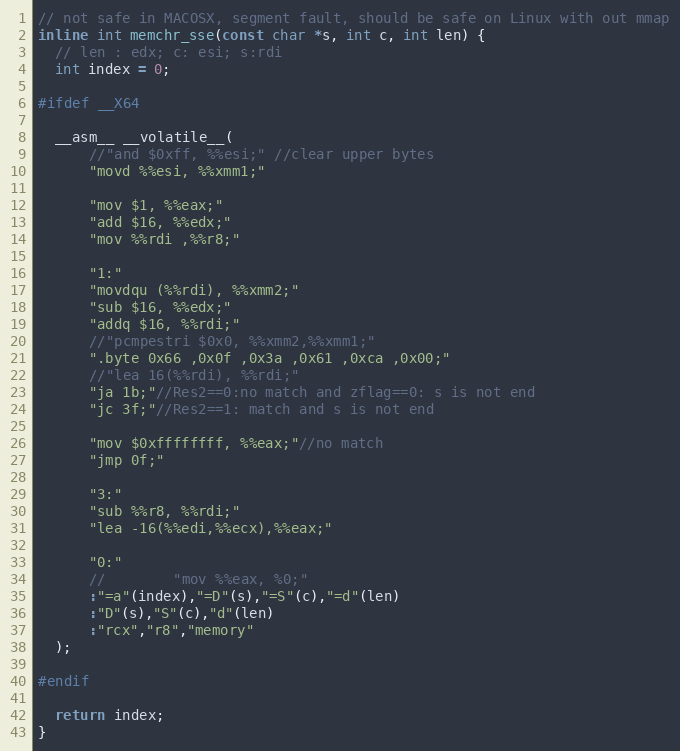
Language: C++
// not safe in MACOSX, segment fault, should be safe on Linux with out mmap
inline int memchr_sse(const char *s, int c, int len) {
  // len : edx; c: esi; s:rdi
  int index = 0;

#ifdef __X64

  __asm__ __volatile__(
      //"and $0xff, %%esi;" //clear upper bytes
      "movd %%esi, %%xmm1;"

      "mov $1, %%eax;"
      "add $16, %%edx;"
      "mov %%rdi ,%%r8;"

      "1:"
      "movdqu (%%rdi), %%xmm2;"
      "sub $16, %%edx;"
      "addq $16, %%rdi;"
      //"pcmpestri $0x0, %%xmm2,%%xmm1;"
      ".byte 0x66 ,0x0f ,0x3a ,0x61 ,0xca ,0x00;"
      //"lea 16(%%rdi), %%rdi;"
      "ja 1b;"//Res2==0:no match and zflag==0: s is not end
      "jc 3f;"//Res2==1: match and s is not end

      "mov $0xffffffff, %%eax;"//no match
      "jmp 0f;"

      "3:"
      "sub %%r8, %%rdi;"
      "lea -16(%%edi,%%ecx),%%eax;"

      "0:"
      //        "mov %%eax, %0;"
      :"=a"(index),"=D"(s),"=S"(c),"=d"(len)
      :"D"(s),"S"(c),"d"(len)
      :"rcx","r8","memory"
  );

#endif

  return index;
}